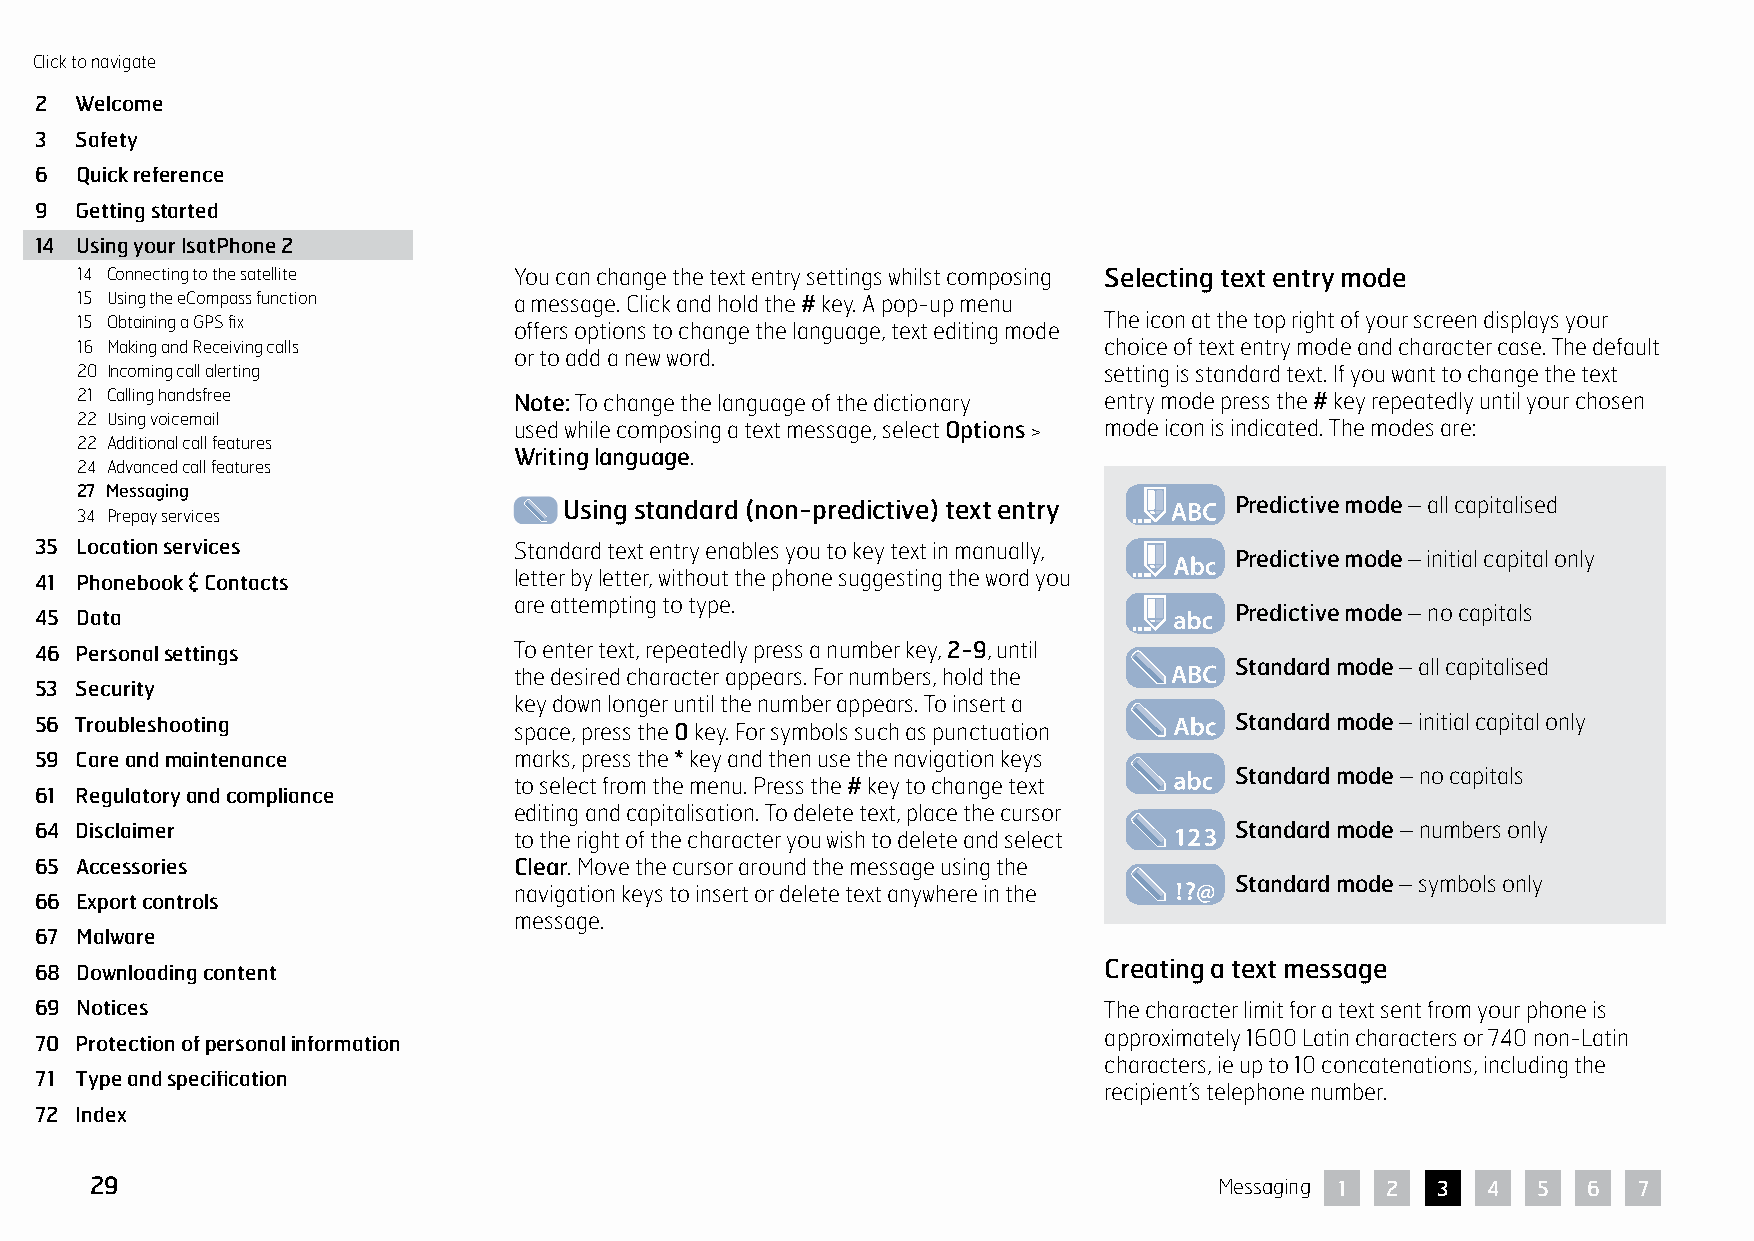
Click to navigate
 2  Welcome
 3  Safety
 6  Quick reference
 9  Getting started
 14 Using your IsatPhone 2
 14 Connecting to the satellite You can change the text entry settings whilst composing Selecting text entry mode
 15 Using the eCompass function a message. Click and hold the # key. A pop-up menu
 15 Obtaining a GPS fix       offers options to change the language, text editing mode The icon at the top right of your screen displays your
 16 Making and Receiving calls                                       choice of text entry mode and character case. The default
 or to add a new word.
 20 Incoming call alerting                                           setting is standard text. If you want to change the text
 21 Calling handsfree         Note: To change the language of the dictionary entry mode press the # key repeatedly until your chosen
 22 Using voicemail
 used while composing a text message, select Options > mode icon is indicated. The modes are:
 22 Additional call features
 Writing language.
 24 Advanced call features
 27 Messaging
 Using standard (non-predictive) text entry   Predictive mode – all capitalised
 34 Prepay services
 35 Location services            Standard text entry enables you to key text in manually,
 Predictive mode – initial capital only
 41 Phonebook & Contacts         letter by letter, without the phone suggesting the word you
 are attempting to type.
 45 Data                                                                         Predictive mode – no capitals
 46 Personal settings            To enter text, repeatedly press a number key, 2-9, until
 Standard mode – all capitalised
 the desired character appears. For numbers, hold the
 53 Security
 key down longer until the number appears. To insert a
 56 Troubleshooting              space, press the 0 key. For symbols such as punctuation Standard mode – initial capital only
 59 Care and maintenance         marks, press the * key and then use the navigation keys
 Standard mode – no capitals
 to select from the menu. Press the # key to change text
 61 Regulatory and compliance
 editing and capitalisation. To delete text, place the cursor
 64 Disclaimer                                                                   Standard mode – numbers only
 to the right of the character you wish to delete and select
 65 Accessories                  Clear. Move the cursor around the message using the
 Standard mode – symbols only
 navigation keys to insert or delete text anywhere in the
 66 Export controls
 message.
 67 Malware
 68 Downloading content                                                 Creating a text message
 69 Notices                                                             The character limit for a text sent from your phone is
 approximately 1600 Latin characters or 740 non-Latin
 70 Protection of personal information
 characters, ie up to 10 concatenations, including the
 71 Type and specification
 recipient’s telephone number.
 72 Index
 29                                                                         Messaging 1 2 3  4   5  6  7